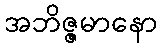
အဘိဇ္ဇမာနော